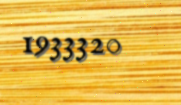
1933320